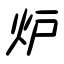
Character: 炉